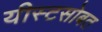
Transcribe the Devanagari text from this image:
यीस्टसोबत